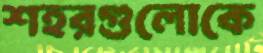
শহরগুলোকে